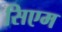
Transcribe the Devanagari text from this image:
सिएम